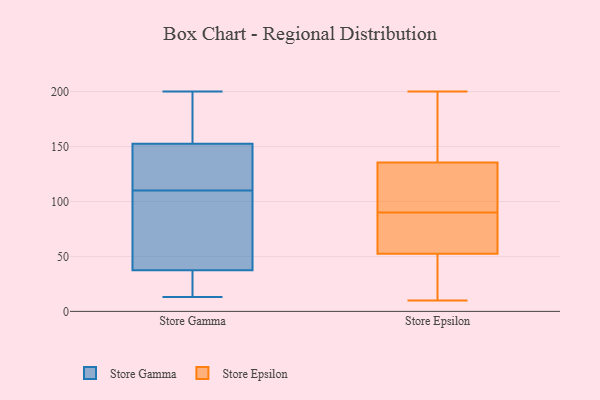
{"axis": {"x": "Customer Acquisition Cost (USD)", "y": "Value"}, "legend": ["Store Epsilon", "Store Gamma"], "data": [{"x": "", "y": 155, "type": "Store Gamma"}, {"x": "", "y": 146, "type": "Store Gamma"}, {"x": "", "y": 93, "type": "Store Gamma"}, {"x": "", "y": 152, "type": "Store Gamma"}, {"x": "", "y": 158, "type": "Store Gamma"}, {"x": "", "y": 153, "type": "Store Gamma"}, {"x": "", "y": 160, "type": "Store Gamma"}, {"x": "", "y": 119, "type": "Store Gamma"}, {"x": "", "y": 33, "type": "Store Gamma"}, {"x": "", "y": 16, "type": "Store Gamma"}, {"x": "", "y": 101, "type": "Store Gamma"}, {"x": "", "y": 136, "type": "Store Gamma"}, {"x": "", "y": 41, "type": "Store Gamma"}, {"x": "", "y": 129, "type": "Store Gamma"}, {"x": "", "y": 44, "type": "Store Gamma"}, {"x": "", "y": 13, "type": "Store Gamma"}, {"x": "", "y": 25, "type": "Store Gamma"}, {"x": "", "y": 87, "type": "Store Gamma"}, {"x": "", "y": 200, "type": "Store Gamma"}, {"x": "", "y": 34, "type": "Store Gamma"}, {"x": "", "y": 167, "type": "Store Epsilon"}, {"x": "", "y": 200, "type": "Store Epsilon"}, {"x": "", "y": 33, "type": "Store Epsilon"}, {"x": "", "y": 90, "type": "Store Epsilon"}, {"x": "", "y": 20, "type": "Store Epsilon"}, {"x": "", "y": 185, "type": "Store Epsilon"}, {"x": "", "y": 85, "type": "Store Epsilon"}, {"x": "", "y": 90, "type": "Store Epsilon"}, {"x": "", "y": 72, "type": "Store Epsilon"}, {"x": "", "y": 192, "type": "Store Epsilon"}, {"x": "", "y": 62, "type": "Store Epsilon"}, {"x": "", "y": 98, "type": "Store Epsilon"}, {"x": "", "y": 12, "type": "Store Epsilon"}, {"x": "", "y": 10, "type": "Store Epsilon"}, {"x": "", "y": 49, "type": "Store Epsilon"}, {"x": "", "y": 108, "type": "Store Epsilon"}, {"x": "", "y": 146, "type": "Store Epsilon"}, {"x": "", "y": 56, "type": "Store Epsilon"}, {"x": "", "y": 124, "type": "Store Epsilon"}, {"x": "", "y": 125, "type": "Store Epsilon"}]}